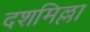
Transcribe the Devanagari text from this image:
दशमिल्ला